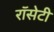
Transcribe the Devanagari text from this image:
रॉसेटी